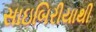
સાઇબિરીયાથી